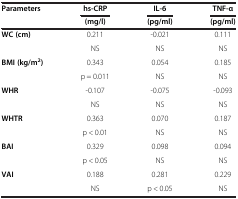
<table><thead><tr><td><b>Parameters</b></td><td><b>hs-CRP</b></td><td><b>IL-6</b></td><td><b>TNF-α</b></td></tr><tr><td><b> </b></td><td><b>(mg/l)</b></td><td><b>(pg/ml)</b></td><td><b>(pg/ml)</b></td></tr></thead><tbody><tr><td rowspan="2"><b>WC (cm)</b></td><td>0.211</td><td>-0.021</td><td>0.111</td></tr><tr><td>NS</td><td>NS</td><td>NS</td></tr><tr><td rowspan="2"><b>BMI (kg/m</b><sup><b>2</b></sup><b>)</b></td><td>0.343</td><td>0.054</td><td>0.185</td></tr><tr><td>p = 0.011</td><td>NS</td><td>NS</td></tr><tr><td rowspan="2"><b>WHR</b></td><td>-0.107</td><td>-0.075</td><td>-0.093</td></tr><tr><td>NS</td><td>NS</td><td>NS</td></tr><tr><td rowspan="2"><b>WHTR</b></td><td>0.363</td><td>0.070</td><td>0.187</td></tr><tr><td>p &lt; 0.01</td><td>NS</td><td>NS</td></tr><tr><td rowspan="2"><b>BAI</b></td><td>0.329</td><td>0.098</td><td>0.094</td></tr><tr><td>p &lt; 0.05</td><td>NS</td><td>NS</td></tr><tr><td><b>VAI</b></td><td>0.188</td><td>0.281</td><td>0.229</td></tr><tr><td> </td><td>NS</td><td>p &lt; 0.05</td><td>NS</td></tr></tbody></table>